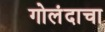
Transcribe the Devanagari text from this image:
गोलंदाचा